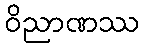
ဝိညာဏဿ